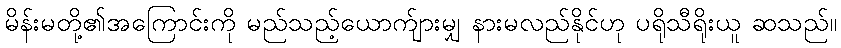
မိန်းမတို့၏အကြောင်းကို မည်သည့်ယောက်ျားမျှ နားမလည်နိုင်ဟု ပရိုသီရိုးယူ ဆသည်။